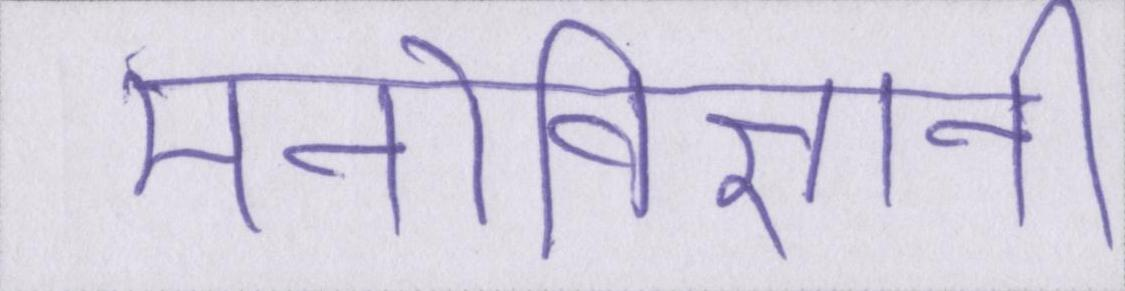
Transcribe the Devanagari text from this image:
मनोविज्ञानी